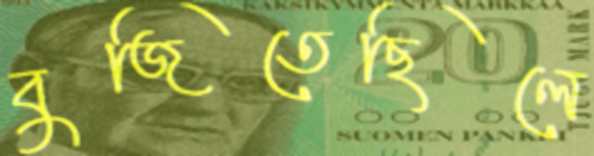
বুজিতেছিলে